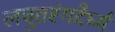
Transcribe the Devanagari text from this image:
लघुतरंगदैर्ध्य